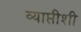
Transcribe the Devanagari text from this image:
व्याप्तीशी